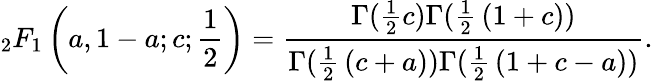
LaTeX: _{2}F_{1}\left(a,1-a;c;{\frac{1}{2}}\right)={\frac{\Gamma({\frac{1}{2}}c)\Gamma({\frac{1}{2}}\left(1+c\right))}{\Gamma({\frac{1}{2}}\left(c+a\right))\Gamma({\frac{1}{2}}\left(1+c-a\right))}}.